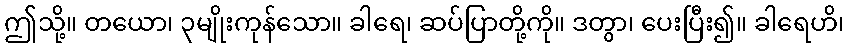
ဤသို့။ တယော၊ ၃မျိုးကုန်သော။ ခါရေ၊ ဆပ်ပြာတို့ကို။ ဒတွာ၊ ပေးပြီး၍။ ခါရေဟိ၊